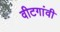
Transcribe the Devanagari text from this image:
वीटगांवी